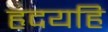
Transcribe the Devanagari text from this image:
हृदयहि